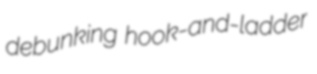
debunking hook-and-ladder